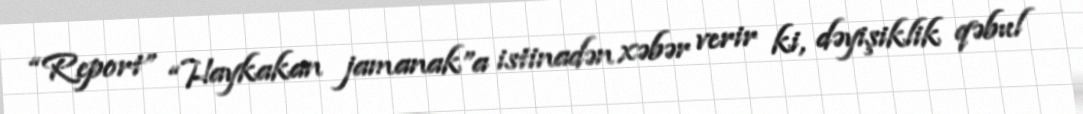
“Report” “Haykakan jamanak”a istinadən xəbər verir ki, dəyişiklik qəbul